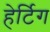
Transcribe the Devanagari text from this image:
हेर्टिग